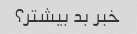
خبر بد بیشتر؟